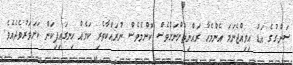
ސަންގުގެ އަޑު އިވިއްޖެނަމަ އެންމެހާ ރައްޔިތުންނަށްވެސް ކޮންމެވެސް ނުރައްކާތެރި ކަމެއް ހިނގައިފިކަން ކަށަވަރުވެދެއެވެ.